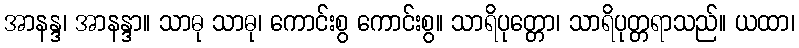
အာနန္ဒ၊ အာနန္ဒာ။ သာဓု သာဓု၊ ကောင်းစွ ကောင်းစွ။ သာရိပုတ္တော၊ သာရိပုတ္တရာသည်။ ယထာ၊